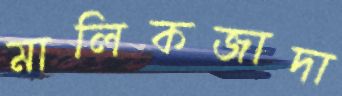
মালিকজাদা